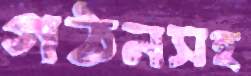
গঠনসহ